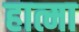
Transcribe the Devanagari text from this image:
हात्मा